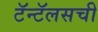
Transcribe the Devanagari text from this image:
टॅन्टॅलसची